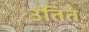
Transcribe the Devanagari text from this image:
उतित